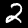
Digit: 2